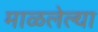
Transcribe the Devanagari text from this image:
माळलेल्या